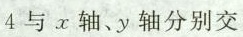
4与x轴、y轴分别交